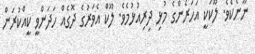
ނޫނެކެވެ. ލޫކަކީ އަހަރެންގެ މުޅި ދިރިއުޅުމެވެ. ލޫކް އެވަރުގެ ދޮގެއް ހަދަންވީ ކީއްކުރަން